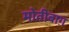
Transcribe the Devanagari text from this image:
मोतीबाग़